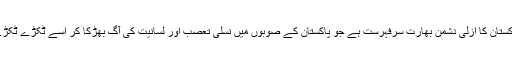
ان دشمنوں میں پاکستان کا ازلی دشمن بھارت سرفہرست ہے جو پاکستان کے صوبوں میں نسلی تعصب اور لسانیت کی آگ بھڑکا کر اسے ٹکڑے ٹکڑے کرنا چاہتا ہے۔